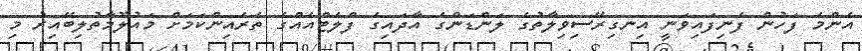
އެންމެ ފަހުން ފެނިފައިވަނީ އިނގިރޭސިވިލާތުގެ ލަންޑަންގެ އާދައިގެ ފްލެޓްއެއްގެ ތެރެއިންކަމަށް މައުލޫމާތުލިބޭއިރު މި